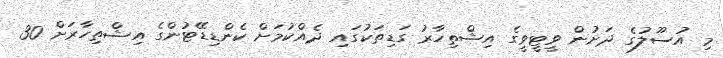
މި އުސޫލުގެ ދަށުން ވީޓީވީގެ އިޝްތިހާރު ގަޑިތަކުގައި ދެއްކުމަށް ކެންޑިޑޭޓުންގެ އިޝްތިހާރަށް 30